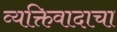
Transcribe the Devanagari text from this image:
व्यक्तिवादाचा